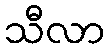
သီလာ